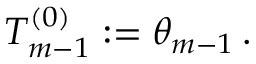
T _ { m - 1 } ^ { ( 0 ) } : = \theta _ { m - 1 } \, .